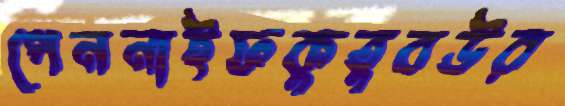
পেননাইফকুতুবউর